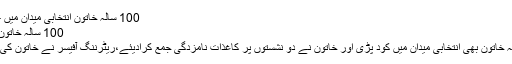
100 سالہ خاتون انتخابی میدان میں - Khouj News
100 سالہ خاتون انتخابی میدان میں
بنوں میں 100 سالہ خاتون بھی انتخابی میدان میں کود پڑی اور خاتون نے دو نشستوں پر کاغذات نامزدگی جمع کرادیئے،ریٹرننگ آفیسر نے خاتون کی فیس معاف کردی۔